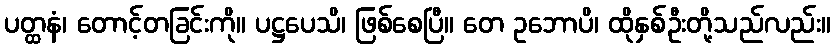
ပတ္ထနံ၊ တောင့်တခြင်းကို။ ပဋ္ဌပေသိ၊ ဖြစ်စေပြီ။ တေ ဥဘောပိ၊ ထိုနှစ်ဦးတို့သည်လည်း။